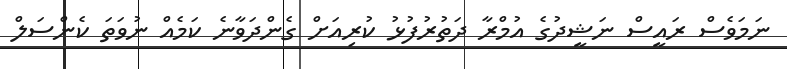
ނަމަވެސް ރައީސް ނަޝީދުގެ އުމްރާ ދަތުރުފުޅު ކުރިއަށް ގެންދަވާނެ ކަމެއް ނުވަތަ ކެންސަލް